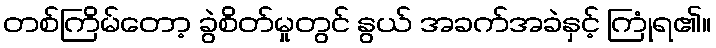
တစ်ကြိမ်တော့ ခွဲစိတ်မှုတွင် နွယ် အခက်အခဲနှင့် ကြုံရ၏။